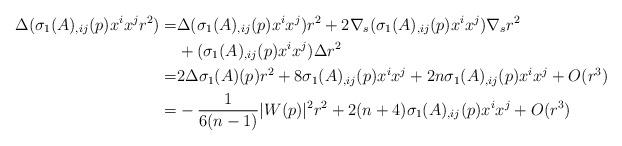
LaTeX: \begin{align*} \Delta(\sigma_1(A)_{,ij}(p)x^ix^jr^2) =& \Delta(\sigma_1(A)_{,ij}(p)x^ix^j)r^2+2\nabla_s(\sigma_1(A)_{,ij}(p)x^ix^j)\nabla_sr^2 \\ & +(\sigma_1(A)_{,ij}(p)x^ix^j)\Delta r^2\\ =& 2\Delta\sigma_1(A)(p)r^2+8\sigma_1(A)_{,ij}(p)x^ix^j+2n\sigma_1(A)_{,ij}(p)x^ix^j+O(r^3) \\ =& -\frac{1}{6(n-1)}|W(p)|^2r^2+2(n+4)\sigma_1(A)_{,ij}(p)x^ix^j+O(r^3)\end{align*}